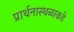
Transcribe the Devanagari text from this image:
प्रार्थनास्थळाकडे